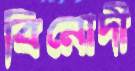
বিনোদী